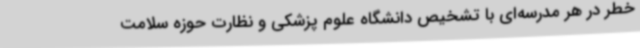
خطر در هر مدرسه‌ای با تشخیص دانشگاه علوم پزشکی و نظارت حوزه سلامت